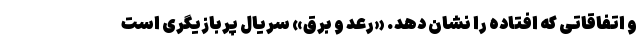
و اتفاقاتی که افتاده را نشان دهد. «رعد و برق» سریال پُربازیگری است